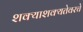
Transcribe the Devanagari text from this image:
शक्याशक्यतेवरचे